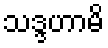
သဒ္ဒဟာမိ